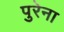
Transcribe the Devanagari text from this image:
पुरेना